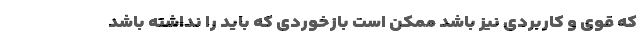
که قوی و کاربردی نیز باشد ممکن است بازخوردی که باید را نداشته باشد